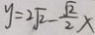
y = 2 \sqrt { 2 } - \frac { \sqrt { 2 } } { 2 } x